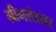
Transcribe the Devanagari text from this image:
ग्रीनलंडवर